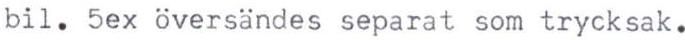
bil. 5ex översändes separat som trycksak.